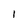
Character: 1